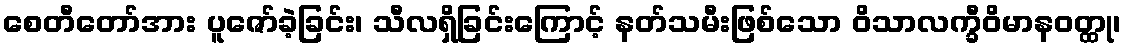
စေတီတော်အား ပူဇော်ခဲ့ခြင်း၊ သီလရှိခြင်းကြောင့် နတ်သမီးဖြစ်သော ဝိသာလက္ခီဝိမာနဝတ္ထု၊